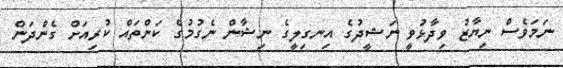
ނަމަވެސް ނިޔާޒު ވިދާޅުވީ ނަޝީދުގެ އިނގިލީގެ ނިޝާން ނެގުމުގެ ކަންތައް ކުރިއަށް ގެންދަން